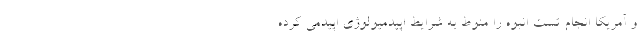
و آمریکا انجام تست انبوه را منوط به شرایط اپیدمیولوژی اپیدمی کرده